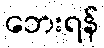
ဘေးရန်